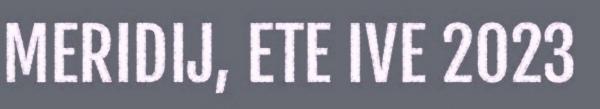
MERIDIJ, ETE IVE 2023